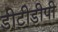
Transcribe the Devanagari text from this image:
डीटीडीपी